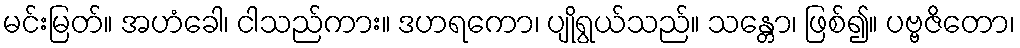
မင်းမြတ်။ အဟံခေါ၊ ငါသည်ကား။ ဒဟရကော၊ ပျိုရွယ်သည်။ သန္တော၊ ဖြစ်၍။ ပဗ္ဗဇိတော၊